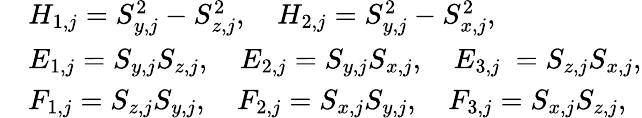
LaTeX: \begin{array}{rl}&{H_{1,j}=S_{y,j}^{2}-S_{z,j}^{2},\quad H_{2,j}=S_{y,j}^{2}-S_{x,j}^{2},}\\ &{E_{1,j}=S_{y,j}S_{z,j},\quad E_{2,j}=S_{y,j}S_{x,j},\quad E_{3,j}\ =S_{z,j}S_{x,j},}\\ &{F_{1,j}=S_{z,j}S_{y,j},\quad F_{2,j}=S_{x,j}S_{y,j},\quad F_{3,j}=S_{x,j}S_{z,j},}\end{array}